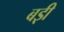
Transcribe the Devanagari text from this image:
बड़़ी